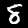
Digit: 8